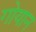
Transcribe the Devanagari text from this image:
गोयान